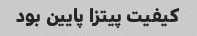
کیفیت پیتزا پایین بود